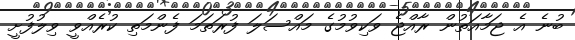
ބުނެ އެ ޖަމާއަތުން ރާއްޖެ ވަކިވުމުގެ މައްސަލަ ފުރަތަމަ ފެންމަތި ކުރެއްވީ ވިލުފުށީ